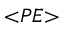
_ { < P E > }